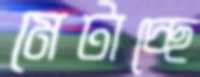
মেটাচ্ছে